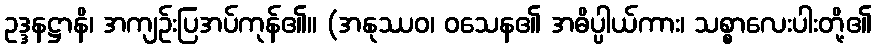
ဥဒ္ဒနဋ္ဌာနိ၊ အကျဉ်းပြအပ်ကုန်၏။ (အနုဿဝ၊ ဝသေန၏ အဓိပ္ပါယ်ကား၊ သစ္စာလေးပါးတို့၏